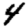
Digit: 4